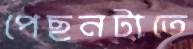
পেছনটাতে